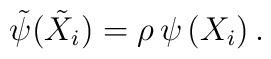
{\tilde \psi}\big({\tilde X}_i\big) = \rho\, \psi \left( X_i \right).